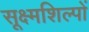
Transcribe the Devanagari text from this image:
सूक्ष्मशिल्पों